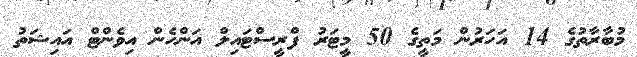
މުބާރާތުގެ 14 އަހަރުން މަތީގެ 50 މީޓަރު ފްރީސްޓައިލް އަންހެން އިވެންޓް އައިޝަތު